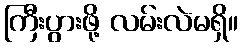
ကြီးပွားဖို့ လမ်းလဲမရှိ။